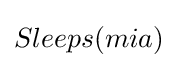
Sleeps(mia)